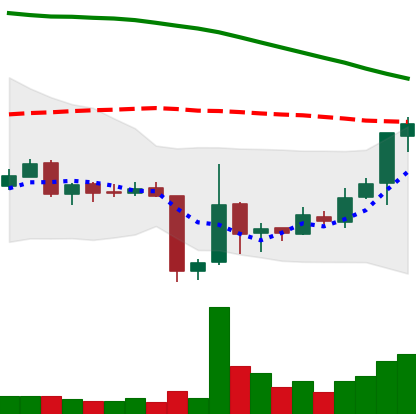
Ticker: ETC-USD
Chart end date: 2018-06-21
Forward return: -15.371%
Label: down_7plus